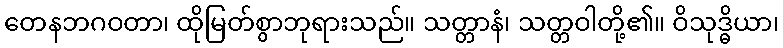
တေနဘဂဝတာ၊ ထိုမြတ်စွာဘုရားသည်။ သတ္တာနံ၊ သတ္တဝါတို့၏။ ဝိသုဒ္ဓိယာ၊